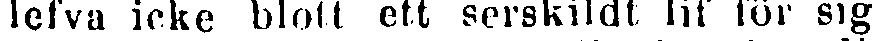
lefva icke blott ett serskildt lif för sig,